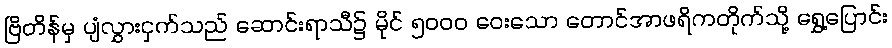
ဗြိတိန်မှ ပျံလွှားငှက်သည် ဆောင်းရာသီ၌ မိုင် ၅၀၀၀ ဝေးသော တောင်အာဖရိကတိုက်သို့ ရွှေ့ပြောင်း